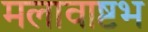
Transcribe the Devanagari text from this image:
मलावाष्टभ